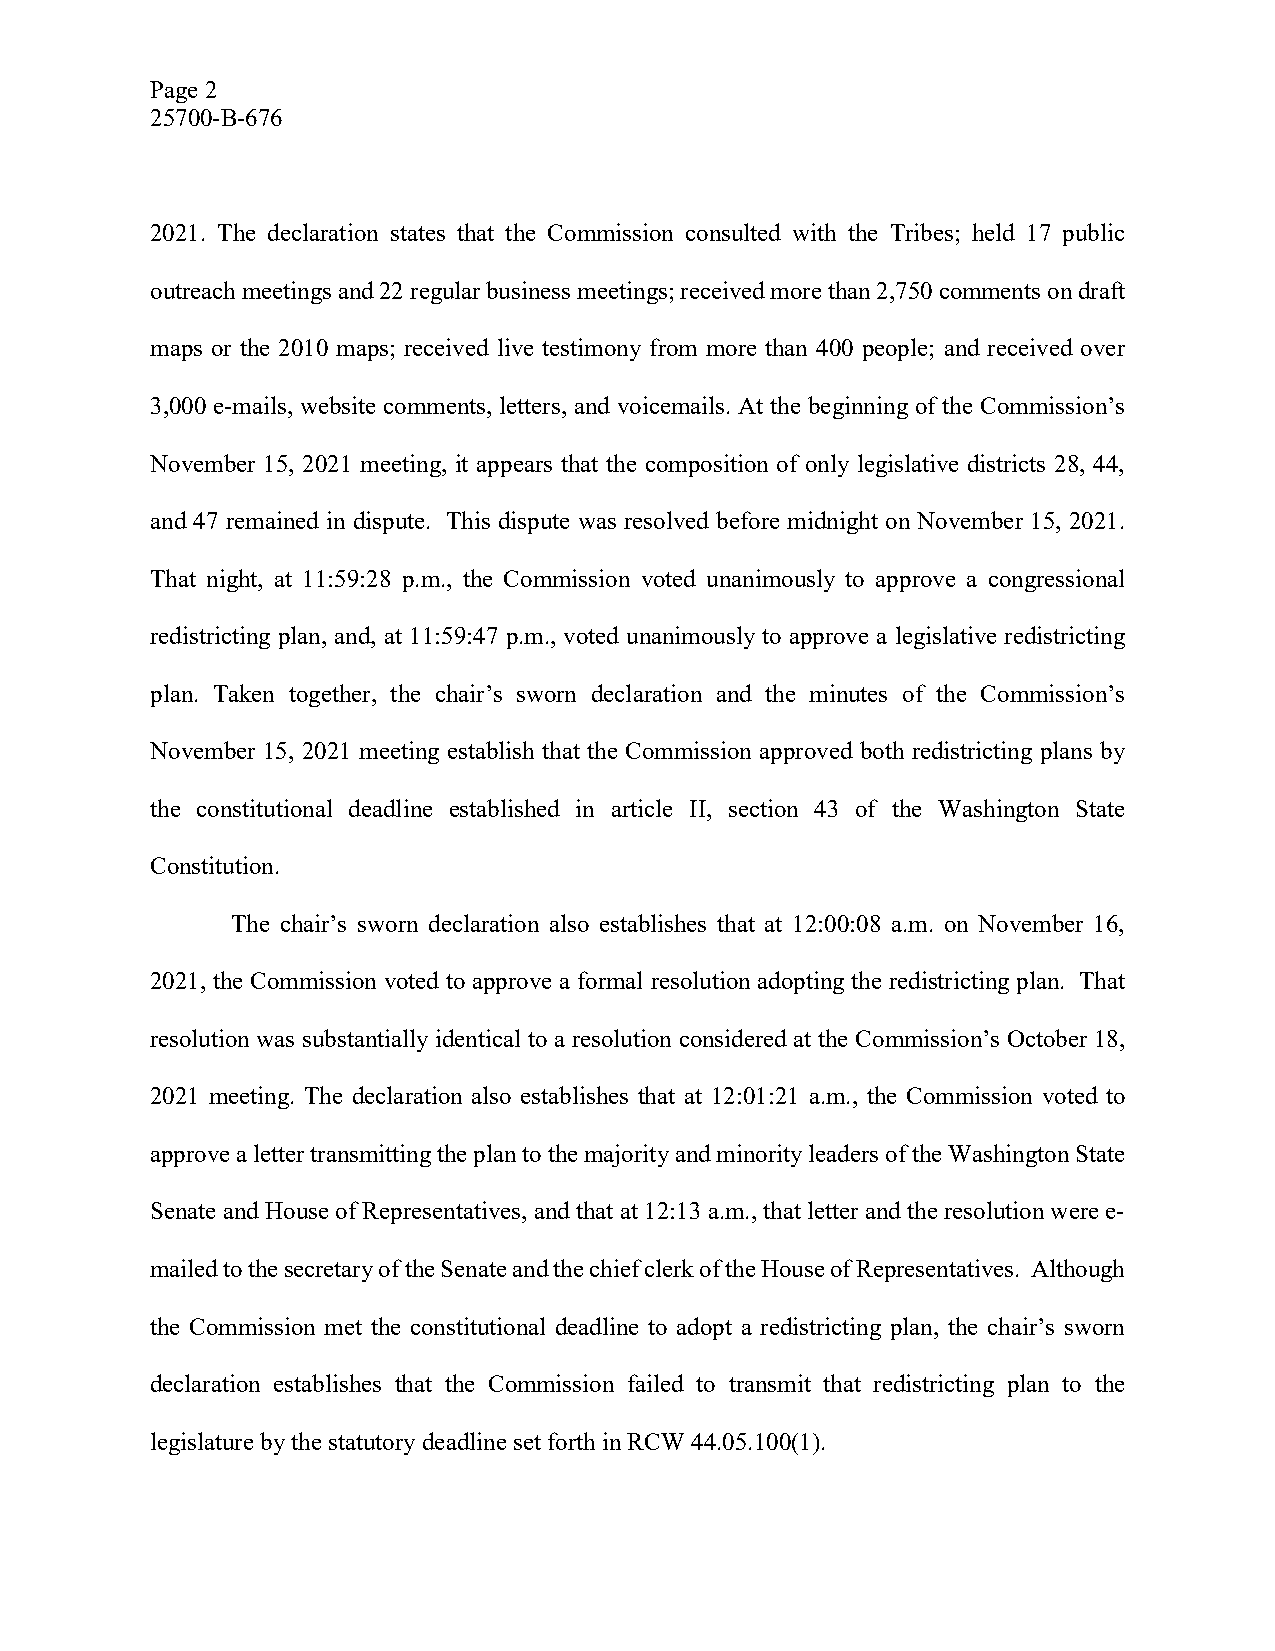
Page 2
 25700-B-676
 2021. The declaration states that the Commission consulted with the Tribes; held 17 public
 outreach meetings and 22 regular business meetings; received more than 2,750 comments on draft
 maps or the 2010 maps; received live testimony from more than 400 people; and received over
 3,000 e-mails, website comments, letters, and voicemails. At the beginning of the Commission’s
 November 15, 2021 meeting, it appears that the composition of only legislative districts 28, 44,
 and 47 remained in dispute. This dispute was resolved before midnight on November 15, 2021.
 That night, at 11:59:28 p.m., the Commission voted unanimously to approve a congressional
 redistricting plan, and, at 11:59:47 p.m., voted unanimously to approve a legislative redistricting
 plan. Taken together, the chair’s sworn declaration and the minutes of the Commission’s
 November 15, 2021 meeting establish that the Commission approved both redistricting plans by
 the constitutional deadline established in article II, section 43 of the Washington State
 Constitution.
 The chair’s sworn declaration also establishes that at 12:00:08 a.m. on November 16,
 2021, the Commission voted to approve a formal resolution adopting the redistricting plan. That
 resolution was substantially identical to a resolution considered at the Commission’s October 18,
 2021 meeting. The declaration also establishes that at 12:01:21 a.m., the Commission voted to
 approve a letter transmitting the plan to the majority and minority leaders of the Washington State
 Senate and House of Representatives, and that at 12:13 a.m., that letter and the resolution were e-
 mailed to the secretary of the Senate and the chief clerk of the House of Representatives. Although
 the Commission met the constitutional deadline to adopt a redistricting plan, the chair’s sworn
 declaration establishes that the Commission failed to transmit that redistricting plan to the
 legislature by the statutory deadline set forth in RCW 44.05.100(1).